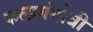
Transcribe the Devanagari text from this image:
कलागंगोत्री